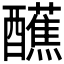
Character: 𫑿